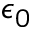
\epsilon _ { 0 }